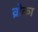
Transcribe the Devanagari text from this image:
व्रोका